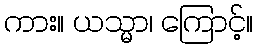
ကား။ ယသ္မာ၊ ကြောင့်။